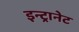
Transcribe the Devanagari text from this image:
इन्ट्रानेट